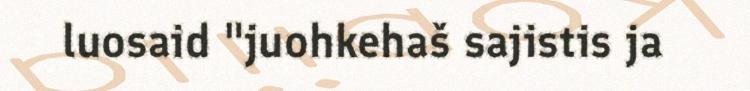
luosaid "juohkehaš sajistis ja